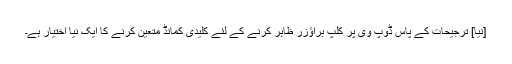
[نیا] ترجیحات کے پاس ڈوپ وی پر کلپ براؤزر ظاہر کرنے کے لئے کلیدی کمانڈ متعین کرنے کا ایک نیا اختیار ہے۔